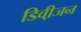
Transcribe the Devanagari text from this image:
डिवी़जन